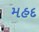
મહદ